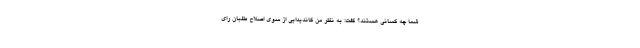
شما چه کسانی هستند؟ گفت: به نظر من كانديدايي از سوي اصلاح طلبان راي